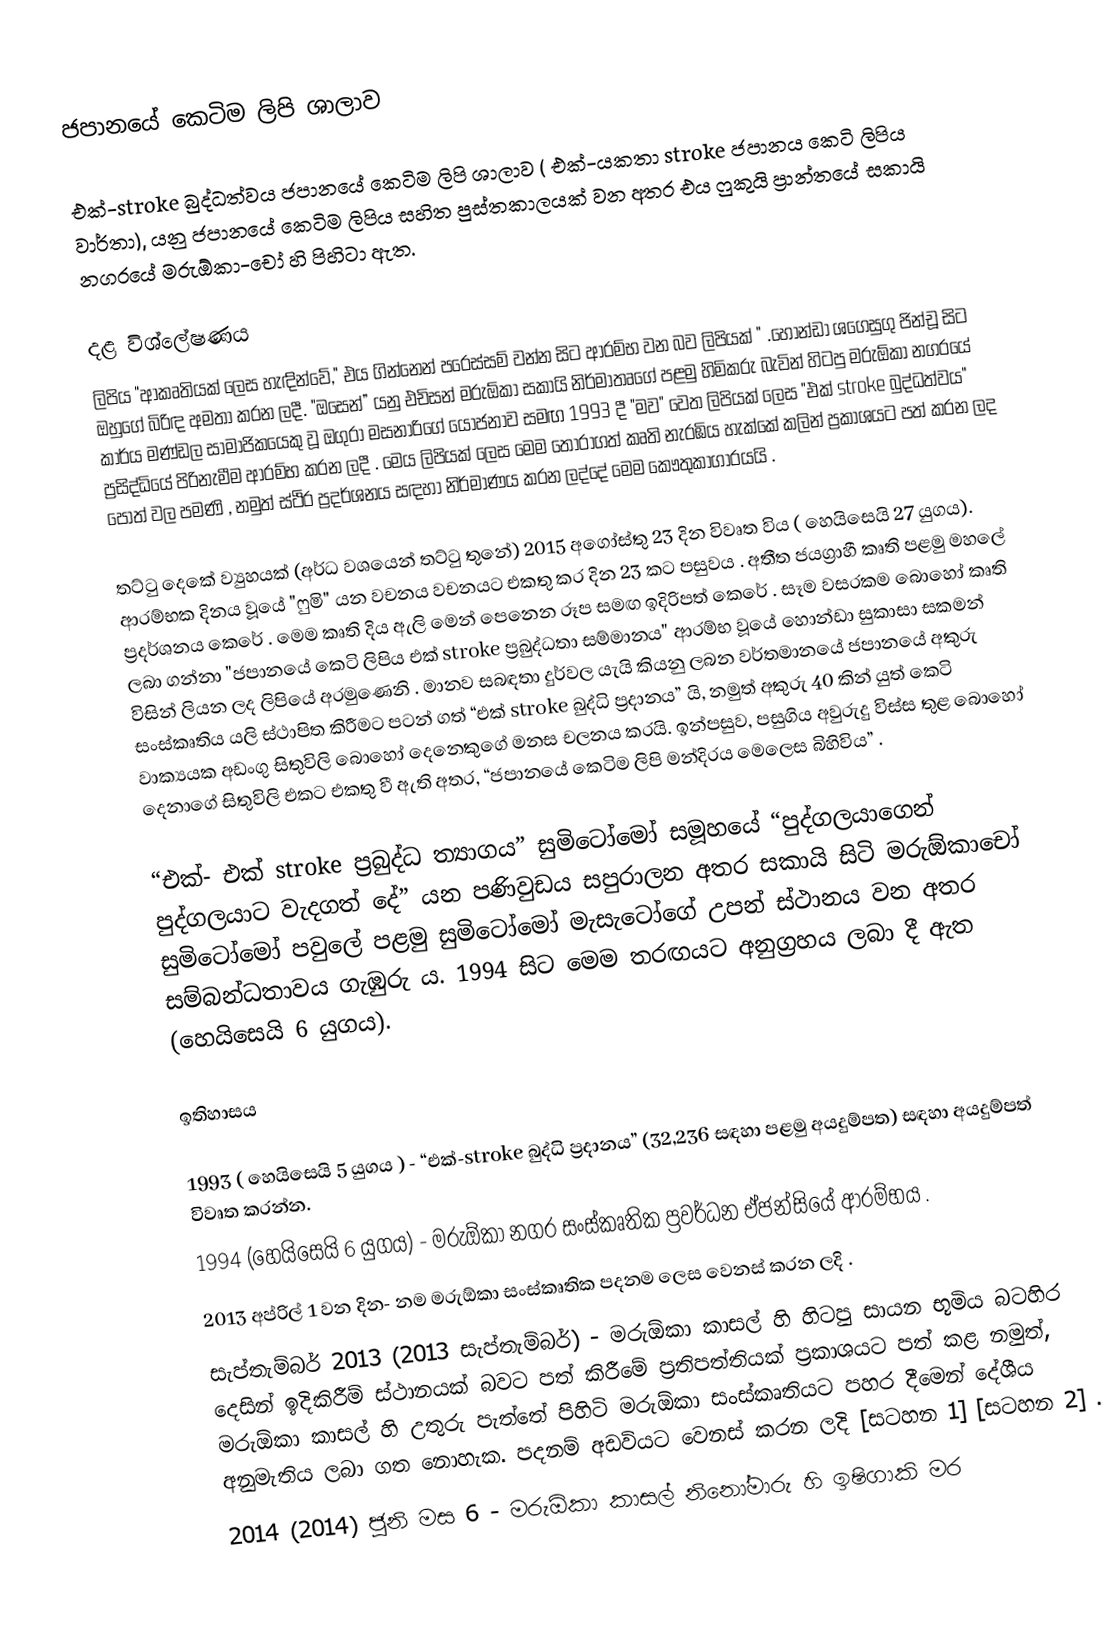
ජපානයේ කෙටිම ලිපි ශාලාව

එක්-stroke බුද්ධත්වය  ජපානයේ කෙටිම ලිපි ශාලාව ( එක්-යකතා stroke ජපානය කෙටි ලිපිය වාර්තා), යනු ජපානයේ කෙටිම ලිපිය සහිත පුස්තකාලයක් වන අතර එය ෆුකුයි ප්‍රාන්තයේ සකායි නගරයේ මරුඕකා-චෝ හි පිහිටා ඇත.

දළ විශ්ලේෂණය
ලිපිය "ආකෘතියක් ලෙස හැඳින්වේ," එය ගින්නෙන් පරෙස්සම් වන්න සිට ආරම්භ වන බව ලිපියක් " .හොන්ඩා ශගෙසුගු ජින්චූ සිට ඔහුගේ බිරිඳ අමතා කරන ලදී. "ඔසෙන්” යනු එචිසන් මරුඕකා සකායි නිර්මාතෘගේ පළමු හිමිකරු බැවින් හිටපු මරුඕකා නගරයේ කාර්ය මණ්ඩල සාමාජිකයෙකු වූ ඔගුරා මසනාරිගේ යෝජනාව  සමඟ 1993 දී "මව" වෙත ලිපියක් ලෙස "එක් stroke බුද්ධත්වය" ප්‍රසිද්ධියේ පිරිනැමීම ආරම්භ කරන ලදී . මෙය ලිපියක් ලෙස මෙම තෝරාගත් කෘති නැරඹිය හැක්කේ කලින් ප්‍රකාශයට පත් කරන ලද පොත් වල පමණි , නමුත් ස්ථිර ප්‍රදර්ශනය සඳහා නිර්මාණය කරන ලද්දේ මෙම කෞතුකාගාරයයි   .

තට්ටු දෙකේ ව්‍යුහයක් (අර්ධ වශයෙන් තට්ටු තුනේ) 2015 අගෝස්තු 23 දින විවෘත විය ( හෙයිසෙයි 27 යුගය). ආරම්භක දිනය වූයේ "ෆුමි" යන වචනය වචනයට එකතු කර දින 23 කට පසුවය  . අතීත ජයග්‍රාහී කෘති පළමු මහලේ ප්‍රදර්ශනය කෙරේ  . මෙම කෘති දිය ඇලි මෙන් පෙනෙන රූප සමඟ ඉදිරිපත් කෙරේ   . සෑම වසරකම බොහෝ කෘති ලබා ගන්නා "ජපානයේ කෙටි ලිපිය එක් stroke ප්‍රබුද්ධතා සම්මානය" ආරම්භ වූයේ හොන්ඩා සුකාසා සකමන් විසින් ලියන ලද ලිපියේ අරමුණෙනි . මානව සබඳතා දුර්වල යැයි කියනු ලබන වර්තමානයේ ජපානයේ අකුරු සංස්කෘතිය යලි ස්ථාපිත කිරීමට පටන් ගත් “එක් stroke බුද්ධි ප්‍රදානය” යි, නමුත් අකුරු 40 කින් යුත් කෙටි වාක්‍යයක අඩංගු සිතුවිලි බොහෝ දෙනෙකුගේ මනස චලනය කරයි. ඉන්පසුව, පසුගිය අවුරුදු විස්ස තුළ බොහෝ දෙනාගේ සිතුවිලි එකට එකතු වී ඇති අතර, “ජපානයේ කෙටිම ලිපි මන්දිරය මෙලෙස බිහිවිය”  .

“එක්- එක් stroke ප්‍රබුද්ධ ත්‍යාගය” සුමිටෝමෝ සමූහයේ “පුද්ගලයාගෙන් පුද්ගලයාට වැදගත් දේ” යන පණිවුඩය සපුරාලන අතර සකායි සිටි මරුඕකාචෝ සුමිටෝමෝ පවුලේ පළමු සුමිටෝමෝ මැසැටෝගේ උපන් ස්ථානය වන අතර සම්බන්ධතාවය ගැඹුරු ය. 1994 සිට මෙම තරඟයට අනුග්‍රහය ලබා දී ඇත (හෙයිසෙයි 6 යුගය).

ඉතිහාසය

 1993 ( හෙයිසෙයි 5 යුගය ) - “එක්-stroke බුද්ධි ප්‍රදානය” (32,236 සඳහා පළමු අයදුම්පත) සඳහා අයදුම්පත් විවෘත කරන්න.
 1994 (හෙයිසෙයි 6 යුගය) - මරුඕකා නගර සංස්කෘතික ප්‍රවර්ධන ඒජන්සියේ ආරම්භය  .
 2013 අප්රිල් 1 වන දින- නම මරුඕකා සංස්කෘතික පදනම ලෙස වෙනස් කරන ලදි  .
 සැප්තැම්බර් 2013 (2013 සැප්තැම්බර්) - මරුඕකා කාසල් හි හිටපු සායන භූමිය බටහිර දෙසින් ඉදිකිරීම් ස්ථානයක් බවට පත් කිරීමේ ප්‍රතිපත්තියක් ප්‍රකාශයට පත් කළ නමුත්, මරුඕකා කාසල් හි උතුරු පැත්තේ පිහිටි මරුඕකා සංස්කෘතියට පහර දීමෙන් දේශීය අනුමැතිය ලබා ගත නොහැක. පදනම් අඩවියට වෙනස් කරන ලදි  [සටහන 1] [සටහන 2] .
 2014 (2014) ජුනි මස 6 - මරුඕකා කාසල් නිනෝමාරු හි ඉෂිගාකි මර